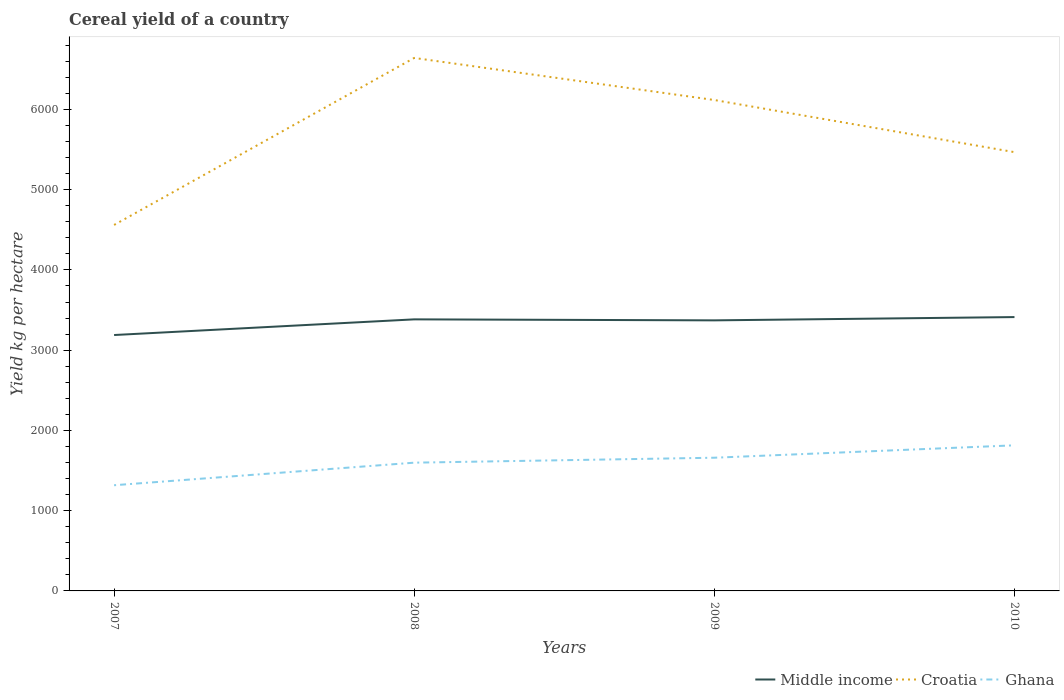
| Years | Middle income | Croatia | Ghana |
 | --- | --- | --- | --- |
 | 2007 | 3.19e+03 | 4.56e+03 | 1.32e+03 |
 | 2008 | 3.38e+03 | 6.64e+03 | 1.6e+03 |
 | 2009 | 3.37e+03 | 6.12e+03 | 1.66e+03 |
 | 2010 | 3.41e+03 | 5.47e+03 | 1.81e+03 |